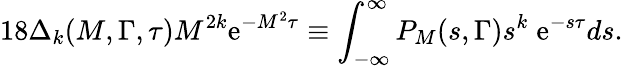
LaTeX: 18\Delta_{k}(M,\Gamma,\tau)M^{2k}\mathrm{e}^{-M^{2}\tau}\equiv\int_{-\infty}^{\infty}P_{M}(s,\Gamma)s^{k}\; \mathrm{e}^{-s\tau}ds.